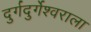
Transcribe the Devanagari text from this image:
दुर्गदुर्गेश्वराला